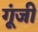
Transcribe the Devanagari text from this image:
गूंजी